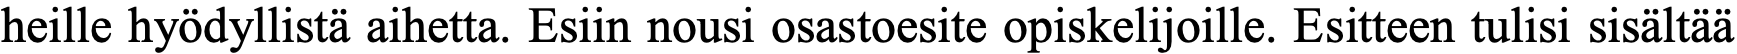
heille hyödyllistä aihetta. Esiin nousi osastoesite opiskelijoille. Esitteen tulisi sisältää